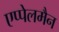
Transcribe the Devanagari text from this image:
एप्पेलमैन